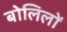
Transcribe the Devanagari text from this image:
बोलिलों